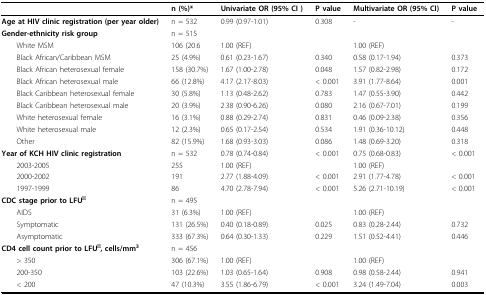
<table><thead><tr><td></td><td><b>n (%)*</b></td><td><b>Univariate OR (95% CI )</b></td><td><b>P value</b></td><td><b>Multivariate OR (95% CI)</b></td><td><b>P value</b></td></tr></thead><tbody><tr><td><b>Age at HIV clinic registration (per year older)</b></td><td>n = 532</td><td>0.99 (0.97-1.01)</td><td>0.308</td><td>-</td><td>-</td></tr><tr><td><b>Gender-ethnicity risk group</b></td><td>n = 515</td><td></td><td></td><td></td><td></td></tr><tr><td> White MSM</td><td>106 (20.6</td><td>1.00 (REF)</td><td></td><td>1.00 (REF)</td><td></td></tr><tr><td> Black African/Caribbean MSM</td><td>25 (4.9%)</td><td>0.61 (0.23-1.67)</td><td>0.340</td><td>0.58 (0.17-1.94)</td><td>0.373</td></tr><tr><td> Black African heterosexual female</td><td>158 (30.7%)</td><td>1.67 (1.00-2.78)</td><td>0.048</td><td>1.57 (0.82-2.98)</td><td>0.172</td></tr><tr><td> Black African heterosexual male</td><td>66 (12.8%)</td><td>4.17 (2.17-8.03)</td><td>&lt; 0.001</td><td>3.91 (1.77-8.64)</td><td>0.001</td></tr><tr><td> Black Caribbean heterosexual female</td><td>30 (5.8%)</td><td>1.13 (0.48-2.62)</td><td>0.783</td><td>1.47 (0.55-3.90)</td><td>0.442</td></tr><tr><td> Black Caribbean heterosexual male</td><td>20 (3.9%)</td><td>2.38 (0.90-6.26)</td><td>0.080</td><td>2.16 (0.67-7.01)</td><td>0.199</td></tr><tr><td> White heterosexual female</td><td>16 (3.1%)</td><td>0.88 (0.29-2.74)</td><td>0.831</td><td>0.46 (0.09-2.38)</td><td>0.356</td></tr><tr><td> White heterosexual male</td><td>12 (2.3%)</td><td>0.65 (0.17-2.54)</td><td>0.534</td><td>1.91 (0.36-10.12)</td><td>0.448</td></tr><tr><td> Other</td><td>82 (15.9%)</td><td>1.68 (0.93-3.03)</td><td>0.086</td><td>1.48 (0.69-3.20)</td><td>0.318</td></tr><tr><td><b>Year of KCH HIV clinic registration</b></td><td>n = 532</td><td>0.78 (0.74-0.84)</td><td>&lt; 0.001</td><td>0.75 (0.68-0.83)</td><td>&lt; 0.001</td></tr><tr><td> 2003-2005</td><td>255</td><td>1.00 (REF)</td><td></td><td>1.00 (REF)</td><td></td></tr><tr><td> 2000-2002</td><td>191</td><td>2.77 (1.88-4.09)</td><td>&lt; 0.001</td><td>2.91 (1.77-4.78)</td><td>&lt; 0.001</td></tr><tr><td> 1997-1999</td><td>86</td><td>4.70 (2.78-7.94)</td><td>&lt; 0.001</td><td>5.26 (2.71-10.19)</td><td>&lt; 0.001</td></tr><tr><td><b>CDC stage prior to LFU</b><sup><b>ǂ</b></sup></td><td>n = 495</td><td></td><td></td><td></td><td></td></tr><tr><td> AIDS</td><td>31 (6.3%)</td><td>1.00 (REF)</td><td></td><td>1.00 (REF)</td><td></td></tr><tr><td> Symptomatic</td><td>131 (26.5%)</td><td>0.40 (0.18-0.89)</td><td>0.025</td><td>0.83 (0.28-2.44)</td><td>0.732</td></tr><tr><td> Asymptomatic</td><td>333 (67.3%)</td><td>0.64 (0.30-1.33)</td><td>0.229</td><td>1.51 (0.52-4.41)</td><td>0.446</td></tr><tr><td><b>CD4 cell count prior to LFU</b><sup><b>ǂ</b></sup><b>, cells/mm</b><sup><b>3</b></sup></td><td>n = 456</td><td></td><td></td><td></td><td></td></tr><tr><td> &gt; 350</td><td>306 (67.1%)</td><td>1.00 (REF)</td><td></td><td>1.00 (REF)</td><td></td></tr><tr><td> 200-350</td><td>103 (22.6%)</td><td>1.03 (0.65-1.64)</td><td>0.908</td><td>0.98 (0.58-2.44)</td><td>0.941</td></tr><tr><td> &lt; 200</td><td>47 (10.3%)</td><td>3.55 (1.86-6.79)</td><td>&lt; 0.001</td><td>3.24 (1.49-7.04)</td><td>0.003</td></tr></tbody></table>